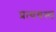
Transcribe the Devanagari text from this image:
प्रत्ययस्य